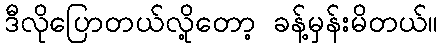
ဒီလိုပြောတယ်လို့တော့ ခန့်မှန်းမိတယ်။